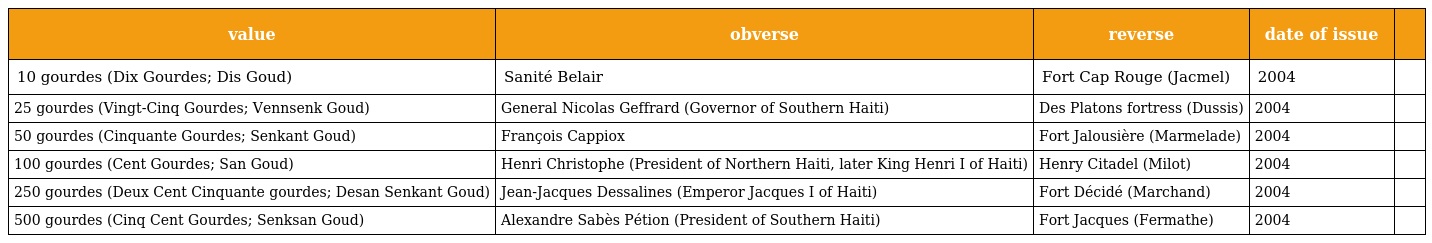
| value | obverse | reverse | date of issue |  |
 | --- | --- | --- | --- | --- |
 | 10 gourdes (Dix Gourdes; Dis Goud) | Sanité Belair | Fort Cap Rouge (Jacmel) | 2004 |  |
 | 25 gourdes (Vingt-Cinq Gourdes; Vennsenk Goud) | General Nicolas Geffrard (Governor of Southern Haiti) | Des Platons fortress (Dussis) | 2004 |  |
 | 50 gourdes (Cinquante Gourdes; Senkant Goud) | François Cappiox | Fort Jalousière (Marmelade) | 2004 |  |
 | 100 gourdes (Cent Gourdes; San Goud) | Henri Christophe (President of Northern Haiti, later King Henri I of Haiti) | Henry Citadel (Milot) | 2004 |  |
 | 250 gourdes (Deux Cent Cinquante gourdes; Desan Senkant Goud) | Jean-Jacques Dessalines (Emperor Jacques I of Haiti) | Fort Décidé (Marchand) | 2004 |  |
 | 500 gourdes (Cinq Cent Gourdes; Senksan Goud) | Alexandre Sabès Pétion (President of Southern Haiti) | Fort Jacques (Fermathe) | 2004 |  |